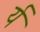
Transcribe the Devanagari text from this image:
र्य